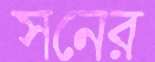
সনের